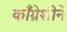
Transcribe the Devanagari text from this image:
काँग्रेशीने